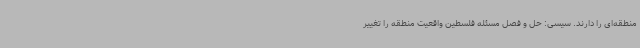
منطقه‌ای را دارند. سیسی: حل و فصل مسئله فلسطین واقعیت منطقه را تغییر